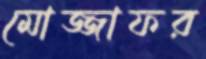
মোজ্জাফর